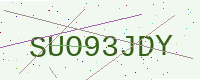
Text: SUO93JDY